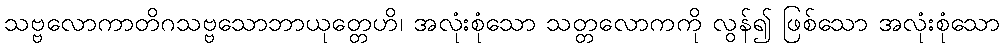
သဗ္ဗလောကာတိဂသဗ္ဗသောဘာယုတ္တေဟိ၊ အလုံးစုံသော သတ္တလောကကို လွန်၍ ဖြစ်သော အလုံးစုံသော